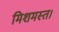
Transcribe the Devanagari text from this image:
मिशमस्त।